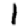
Digit: 1